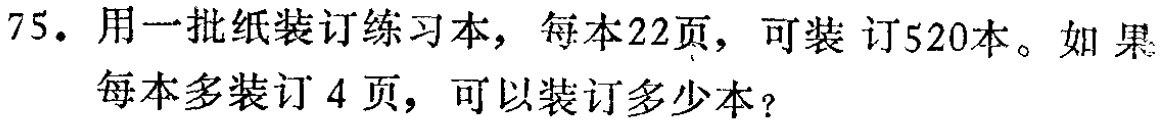
75. 用一批纸装订练习本，每本22页，可装订520本。如果每本多装订4页，可以装订多少本？